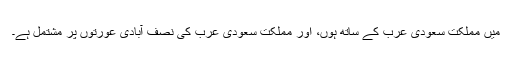
میں مملکت سعودى عرب کے ساتھ ہوں، اور مملکت سعودى عرب کى نصف آبادى عورتوں پر مشتمل ہے۔